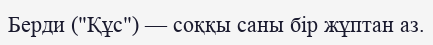
Берди ("Құс") — соққы саны бір жұптан аз.